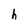
Character: h